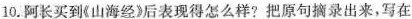
10.阿长买到(山海经)后表现得怎么样?把原句摘录出来，写在